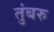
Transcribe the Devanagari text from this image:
तुंबरु